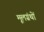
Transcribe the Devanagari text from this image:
मूलग्रंथों